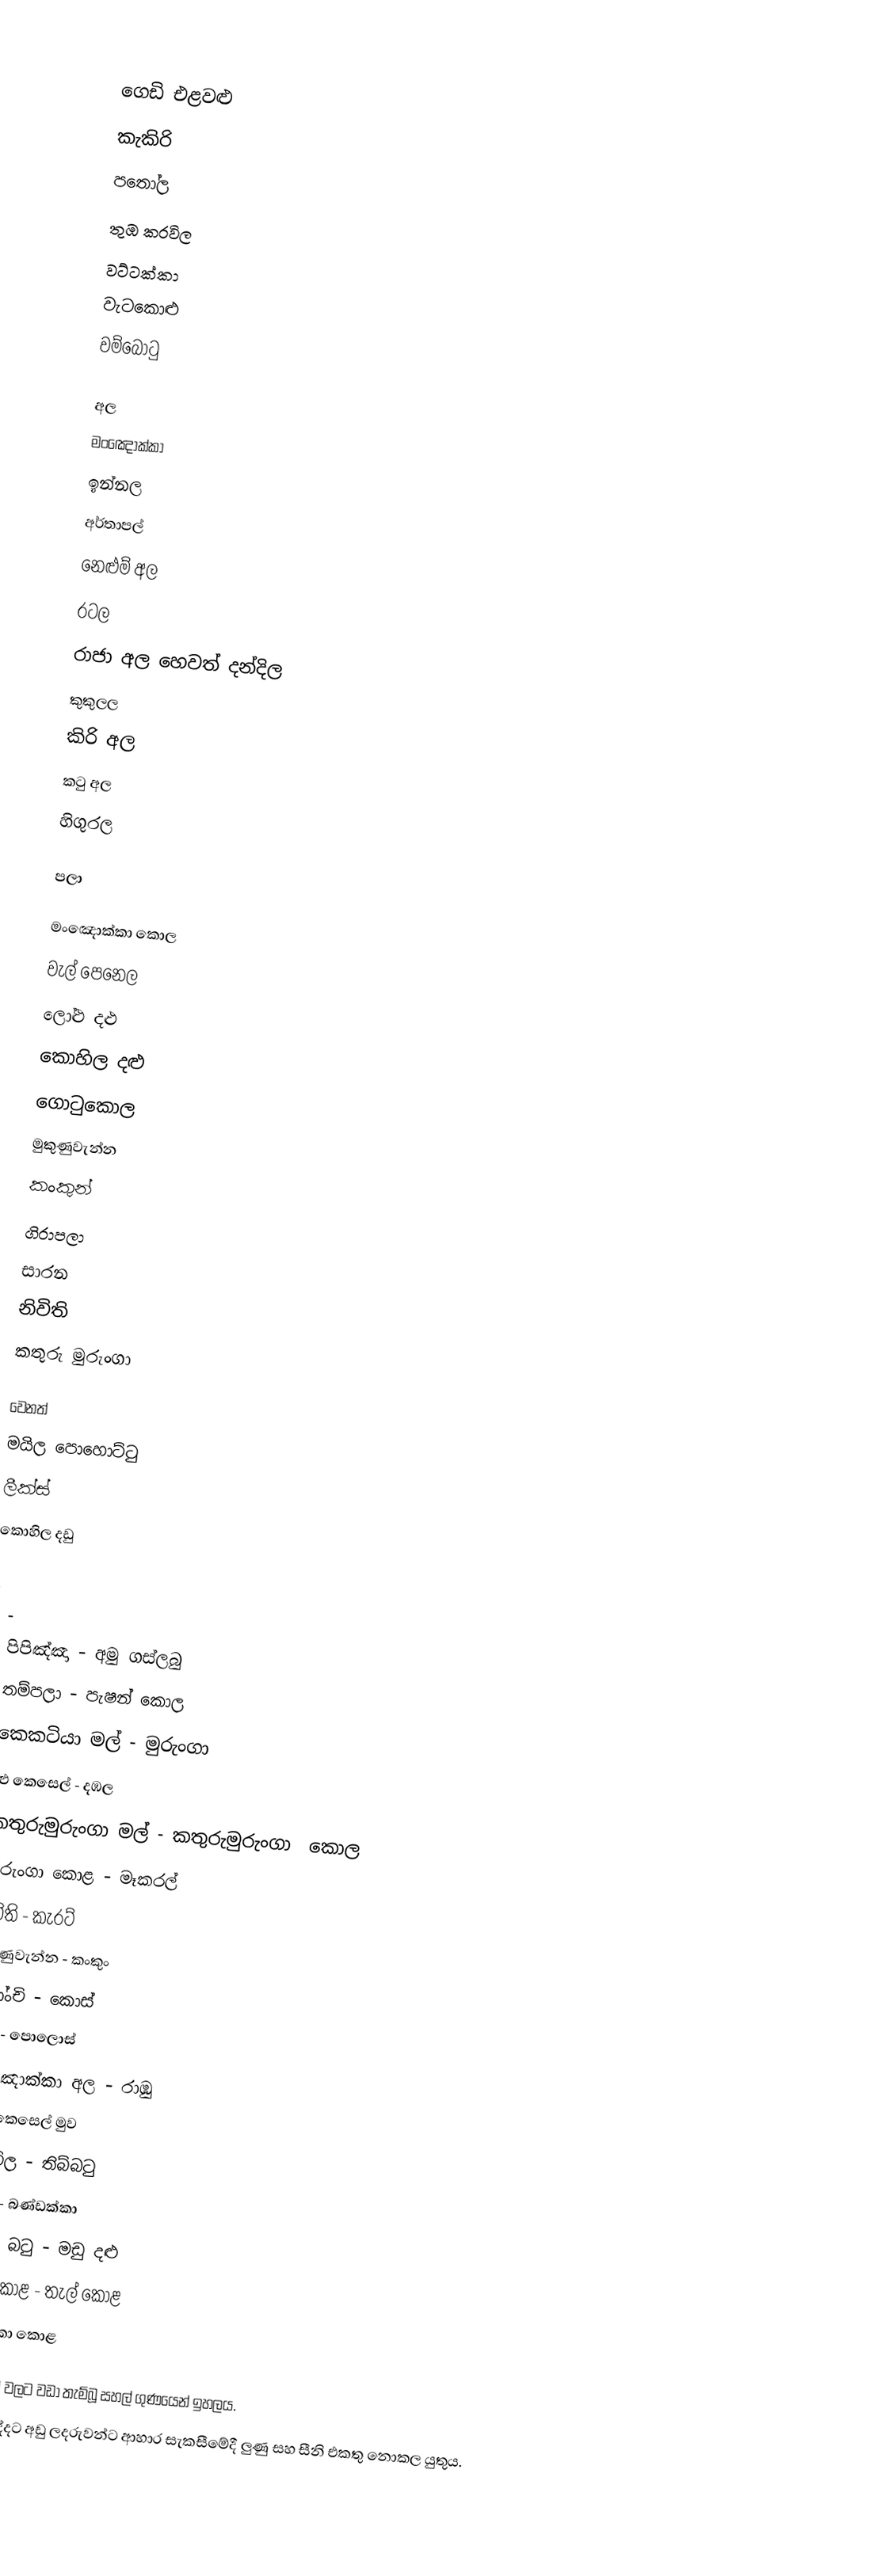

ගෙඩි එළවළු
කැකිරි
පතෝල
තුඹ කරවිල
වට්ටක්කා
වැටකොළු
වම්බොටු

අල
මංඤොක්කා
ඉන්නල
අර්තාපල්
 නෙළුම් අල
රටල
රාජා අල හෙවත් දන්දිල
කුකුලල
කිරි අල
කටු අල
හිගුරල

පලා

මංඤොක්කා  කොල
වැල් පෙනෙල
ලෝළු දළු
 කොහිල දළු
 ගොටුකොල
මුකුණුවැන්න
කංකුන්
ගිරාපලා
සාරන
නිවිති
කතුරු මුරුංගා

වෙනත්
මයිල පොහොට්ටු
ලීක්ස්
 කොහිල දඩු

-
-                     	-
- පිපිඤ්ඤා                       	- අමු  ගස්ලබු
- තම්පලා                         	- පැෂන් කොල
- කෙකටියා මල්                  	- මුරුංගා
- අළු කෙසෙල්                   	- දඹල
- කතුරුමුරුංගා  මල්            	- කතුරුමුරුංගා ‍ කොල
- මුරුංගා  කොළ                 	- මෑකරල්
- නිවිති                            	- කැරට්
- මුකුණුවැන්න                    	- කංකුං
- බෝංචි                           	- කොස්
- දෙල්                              	- පොලොස්
- මංඤොක්කා අල               	- රාඹු
- බීට්                      	                     - කෙසෙල් මුව
- කරවිල                          	- තිබ්බටු
- වම්බටු	                                           - බණ්ඩක්කා
- තලන බටු	                      - මඩු දළු
- අගුන කොළ 	                      - තැල් කොළ
- කෝවක්කා කොළ

 කැකුළු සහල් වලට වඩා තැම්බූ සහල් ගුණයෙන් ඉහලය.
 වයස අවුරුද්දට අඩු ලදරුවන්ට ආහාර සැකසීමේදී ලුණු සහ සීනි එකතු නොකල  යුතුය.

එළවළු